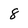
Character: 8